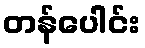
တန်ပေါင်း